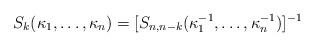
LaTeX: \begin{align*}S_k(\kappa_1,\ldots,\kappa_n)=[S_{n,n-k}(\kappa_1^{-1}, \ldots,\kappa_n^{-1})]^{-1}\end{align*}